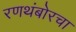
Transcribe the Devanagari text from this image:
रणथंबोरचा